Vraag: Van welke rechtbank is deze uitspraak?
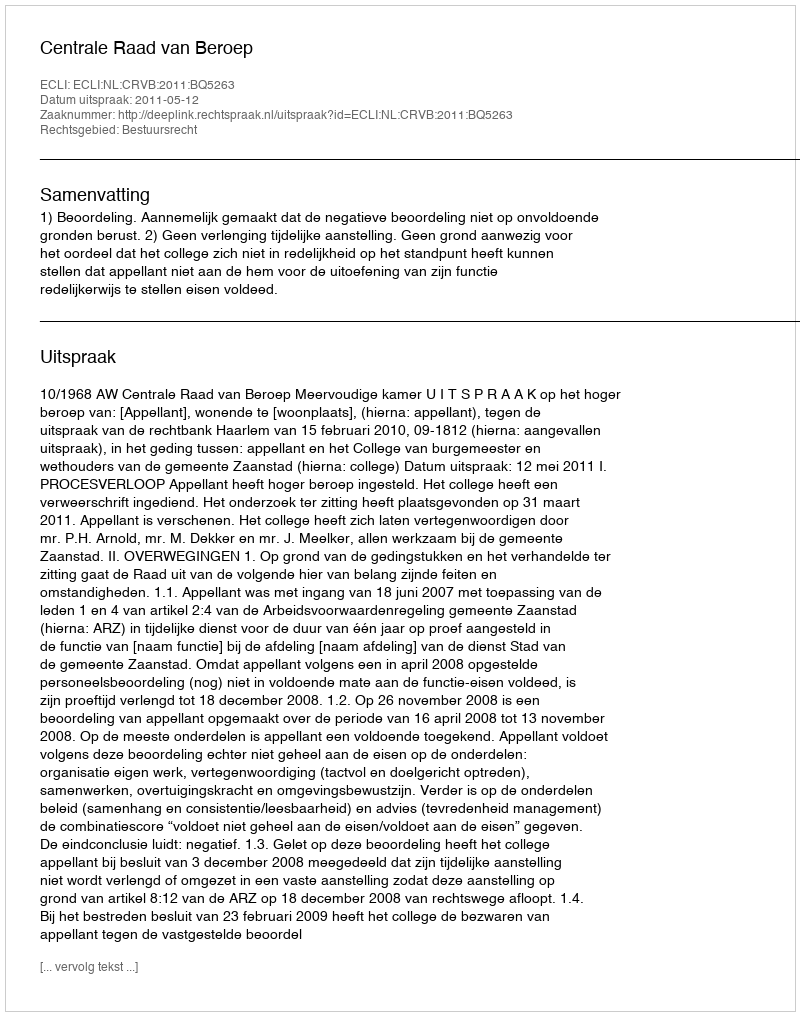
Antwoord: Centrale Raad van Beroep